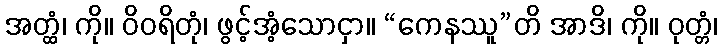
အတ္ထံ၊ ကို။ ဝိဝရိတုံ၊ ဖွင့်အံ့သောငှာ။ “ကေနဿူ”တိ အာဒိ၊ ကို။ ဝုတ္တံ၊